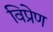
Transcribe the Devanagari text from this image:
विप्रेण